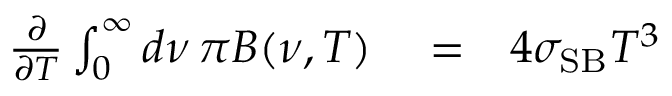
\begin{array} { r l r } { \frac { \partial } { \partial T } \int _ { 0 } ^ { \infty } d \nu \, \pi B ( \nu , T ) } & { { } = } & { 4 \sigma _ { \mathrm { S B } } T ^ { 3 } } \end{array}